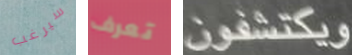
سيرغب تعرف ويكتشفون